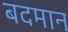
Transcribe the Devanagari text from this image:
बदमान